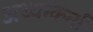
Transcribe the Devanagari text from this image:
अध्यन्कर्ता